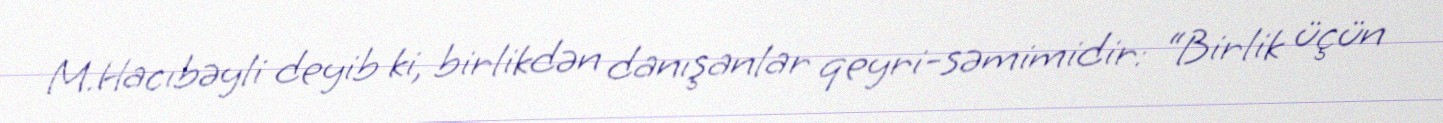
M.Hacıbəyli deyib ki, birlikdən danışanlar qeyri-səmimidir: “Birlik üçün